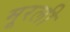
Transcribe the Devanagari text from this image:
मूरली